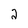
Character: 2